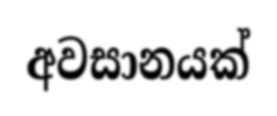
අවසානයක්